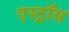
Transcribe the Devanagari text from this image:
एस्ट्रॉस